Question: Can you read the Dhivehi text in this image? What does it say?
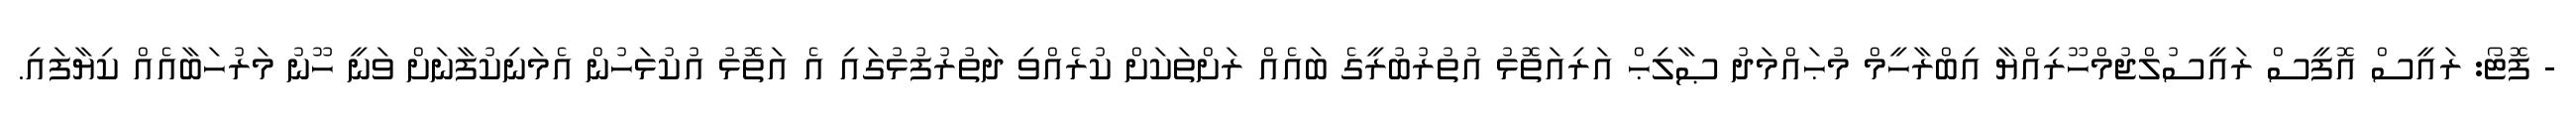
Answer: - ފޮޓޯ: ރައީސް އޮފީސް ރައީސުލްޖުމްހޫރިއްޔާ އިބްރާހީމް މުޙައްމަދު ޞާލިޙް އަރިއަތޮޅު އުތުރުބުރީގެ ބައެއް ރަށްތަކަށް ކުރެއްވި ދަތުރުފުޅުގައި އެ އަތޮޅު އުކުޅަހުން އެމަނިކުފާނަށް ވަނީ ހޫނު މަރުހަބާއެއް ކިޔާފައި.